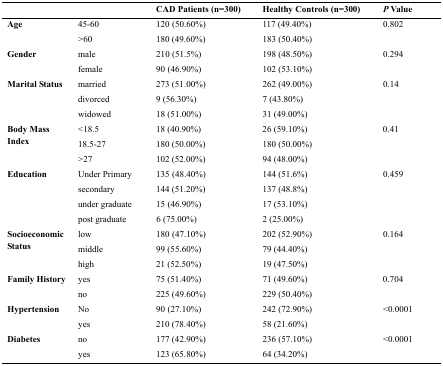
<table><thead><tr><td colspan="2"></td><td><b>CAD Patients (n=300)</b></td><td><b>Healthy Controls (n=300)</b></td><td><b><i>P</i> Value</b></td></tr></thead><tbody><tr><td rowspan="2"><b>Age</b></td><td>45-60</td><td>120 (50.60%)</td><td>117 (49.40%)</td><td>0.802</td></tr><tr><td>&gt;60</td><td>180 (49.60%)</td><td>183 (50.40%)</td></tr><tr><td rowspan="2"><b>Gender</b></td><td>male</td><td>210 (51.5%)</td><td>198 (48.50%)</td><td>0.294</td></tr><tr><td>female</td><td>90 (46.90%)</td><td>102 (53.10%)</td></tr><tr><td rowspan="3"><b>Marital Status</b></td><td>married</td><td>273 (51.00%)</td><td>262 (49.00%)</td><td>0.14</td></tr><tr><td>divorced</td><td>9 (56.30%)</td><td>7 (43.80%)</td></tr><tr><td>widowed</td><td>18 (51.00%)</td><td>31 (49.00%)</td></tr><tr><td rowspan="3"><b>Body Mass Index</b></td><td>&lt;18.5</td><td>18 (40.90%)</td><td>26 (59.10%)</td><td>0.41</td></tr><tr><td>18.5-27</td><td>180 (50.00%)</td><td>180 (50.00%)</td></tr><tr><td>&gt;27</td><td>102 (52.00%)</td><td>94 (48.00%)</td></tr><tr><td rowspan="4"><b>Education</b></td><td>Under Primary</td><td>135 (48.40%)</td><td>144 (51.6%)</td><td>0.459</td></tr><tr><td>secondary</td><td>144 (51.20%)</td><td>137 (48.8%)</td></tr><tr><td>under graduate</td><td>15 (46.90%)</td><td>17 (53.10%)</td></tr><tr><td>post graduate</td><td>6 (75.00%)</td><td>2 (25.00%)</td></tr><tr><td rowspan="3"><b>Socioeconomic Status</b></td><td>low</td><td>180 (47.10%)</td><td>202 (52.90%)</td><td>0.164</td></tr><tr><td>middle</td><td>99 (55.60%)</td><td>79 (44.40%)</td></tr><tr><td>high</td><td>21 (52.50%)</td><td>19 (47.50%)</td></tr><tr><td rowspan="2"><b>Family History</b></td><td>yes</td><td>75 (51.40%)</td><td>71 (49.60%)</td><td>0.704</td></tr><tr><td>no</td><td>225 (49.60%)</td><td>229 (50.40%)</td></tr><tr><td rowspan="2"><b>Hypertension</b></td><td>No</td><td>90 (27.10%)</td><td>242 (72.90%)</td><td>&lt;0.0001</td></tr><tr><td>yes</td><td>210 (78.40%)</td><td>58 (21.60%)</td></tr><tr><td rowspan="2"><b>Diabetes</b></td><td>no</td><td>177 (42.90%)</td><td>236 (57.10%)</td><td>&lt;0.0001</td></tr><tr><td>yes</td><td>123 (65.80%)</td><td>64 (34.20%)</td></tr></tbody></table>